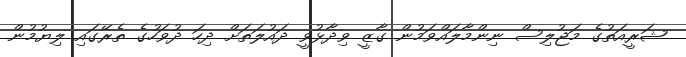
ޝަރީއަތުގެ މަޖުލިސް ނިންމާލައްވަމުން ގާޒީ ވިދާޅުވީ ދައުލަތަށް ދިހަ ދުވަހުގެ ތެރޭގައި ލިޔުމުން